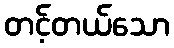
တင့်တယ်သော